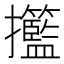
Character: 𢺙